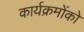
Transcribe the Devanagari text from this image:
कार्यक्रमोंको